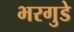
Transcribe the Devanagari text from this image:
भरगुडे